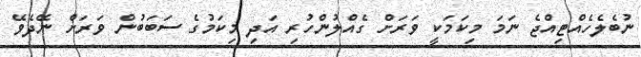
ނުބެލެހެއްޓިއްޖެ ނަމަ މިކަމަކީ ވަރަށް ގެއްލުންހުރި އަދި މިކަމުގެ ސަބަބުން ވަރަށް ނޭދެވޭ